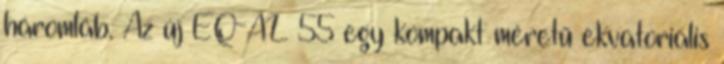
háromláb. Az új EQ-AL 55 egy kompakt méretű ekvatoriális